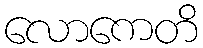
လောကေတိ